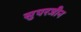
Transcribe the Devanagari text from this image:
सुपरजीन